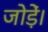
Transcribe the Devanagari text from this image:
जोड़ें।